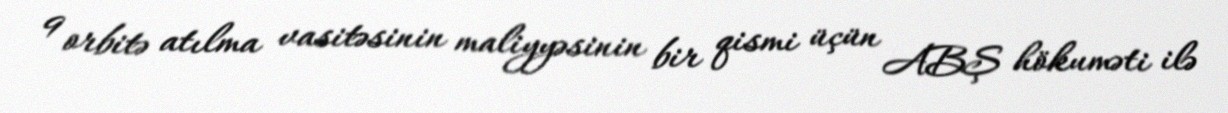
9 orbitə atılma vasitəsinin maliyyəsinin bir qismi üçün ABŞ hökuməti ilə